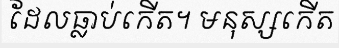
ដែលធ្លាប់កើត។ មនុស្សកើត